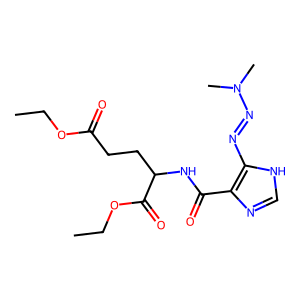
SMILES: CCOC(=O)CCC(NC(=O)c1nc[nH]c1N=NN(C)C)C(=O)OCC
Inhibits HIV replication: No